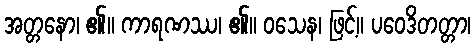
အတ္တနော၊ ၏။ ကာရဏဿ၊ ၏။ ဝသေန၊ ဖြင့်။ ပဝေဒိတတ္တာ၊